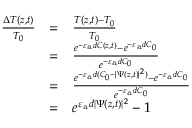
\begin{array} { c c l } { \frac { \Delta T ( z , t ) } { T _ { 0 } } } & { = } & { \frac { T ( z , t ) - T _ { 0 } } { T _ { 0 } } } \\ & { = } & { \frac { e ^ { - \varepsilon _ { \mathrm { a } } d C ( { z , t } ) } - e ^ { - \varepsilon _ { \mathrm { a } } d C _ { 0 } } } { e ^ { - \varepsilon _ { \mathrm { a } } d C _ { 0 } } } } \\ & { = } & { \frac { e ^ { - \varepsilon _ { \mathrm { a } } d ( C _ { 0 } - | \Psi ( z , t ) | ^ { 2 } ) } - e ^ { - \varepsilon _ { \mathrm { a } } d C _ { 0 } } } { e ^ { - \varepsilon _ { \mathrm { a } } d C _ { 0 } } } } \\ & { = } & { e ^ { \varepsilon _ { \mathrm { a } } d | \Psi ( z , t ) | ^ { 2 } } - 1 } \end{array}